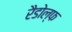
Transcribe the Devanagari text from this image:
रैडोल्फ